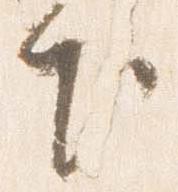
下